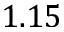
1 . 1 5